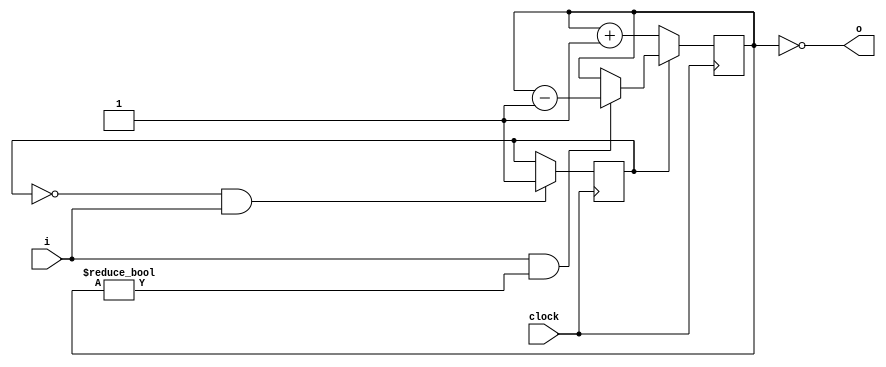
module rgraph(clock,i,o);
    parameter MSB = 11;
    input     clock;
    input     i;
    output    o;

    reg [MSB:0] cnt;
    reg 	mode;

    initial begin
	cnt = 0;
	mode = 0;
    end

    always @ (posedge clock) begin
	if (mode == 0) begin
	    cnt = cnt + 1;
	end else begin
	    if (i & cnt != 0)
	      cnt = cnt - 1;
	end
	if (mode == 0 & i)
	  mode = 1;
    end

    assign o = cnt == 0;

endmodule // rgraph